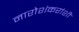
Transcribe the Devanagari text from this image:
नारोशंकरांशी